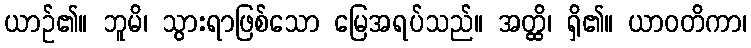
ယာဉ်၏။ ဘူမိ၊ သွားရာဖြစ်သော မြေအရပ်သည်။ အတ္ထိ၊ ရှိ၏။ ယာဝတိကာ၊